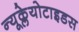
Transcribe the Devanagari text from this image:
न्यूक्लेयोटाइडस